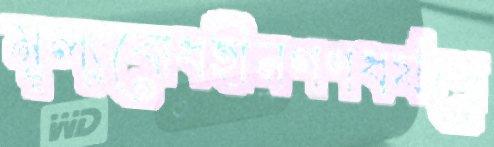
মূল্যবোধহীনগণধর্ষণে